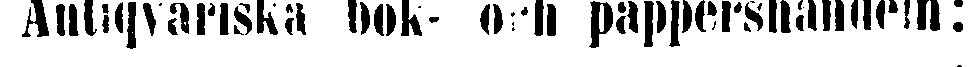
Antiqvariska bok- och pappershandeln: